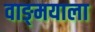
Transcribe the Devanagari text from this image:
वाङ्‌मयाला